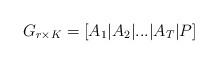
LaTeX: \begin{align*}G_{r\times K}=[A_1|A_2|...|A_T|P]\end{align*}